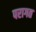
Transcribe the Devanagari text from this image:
परागत